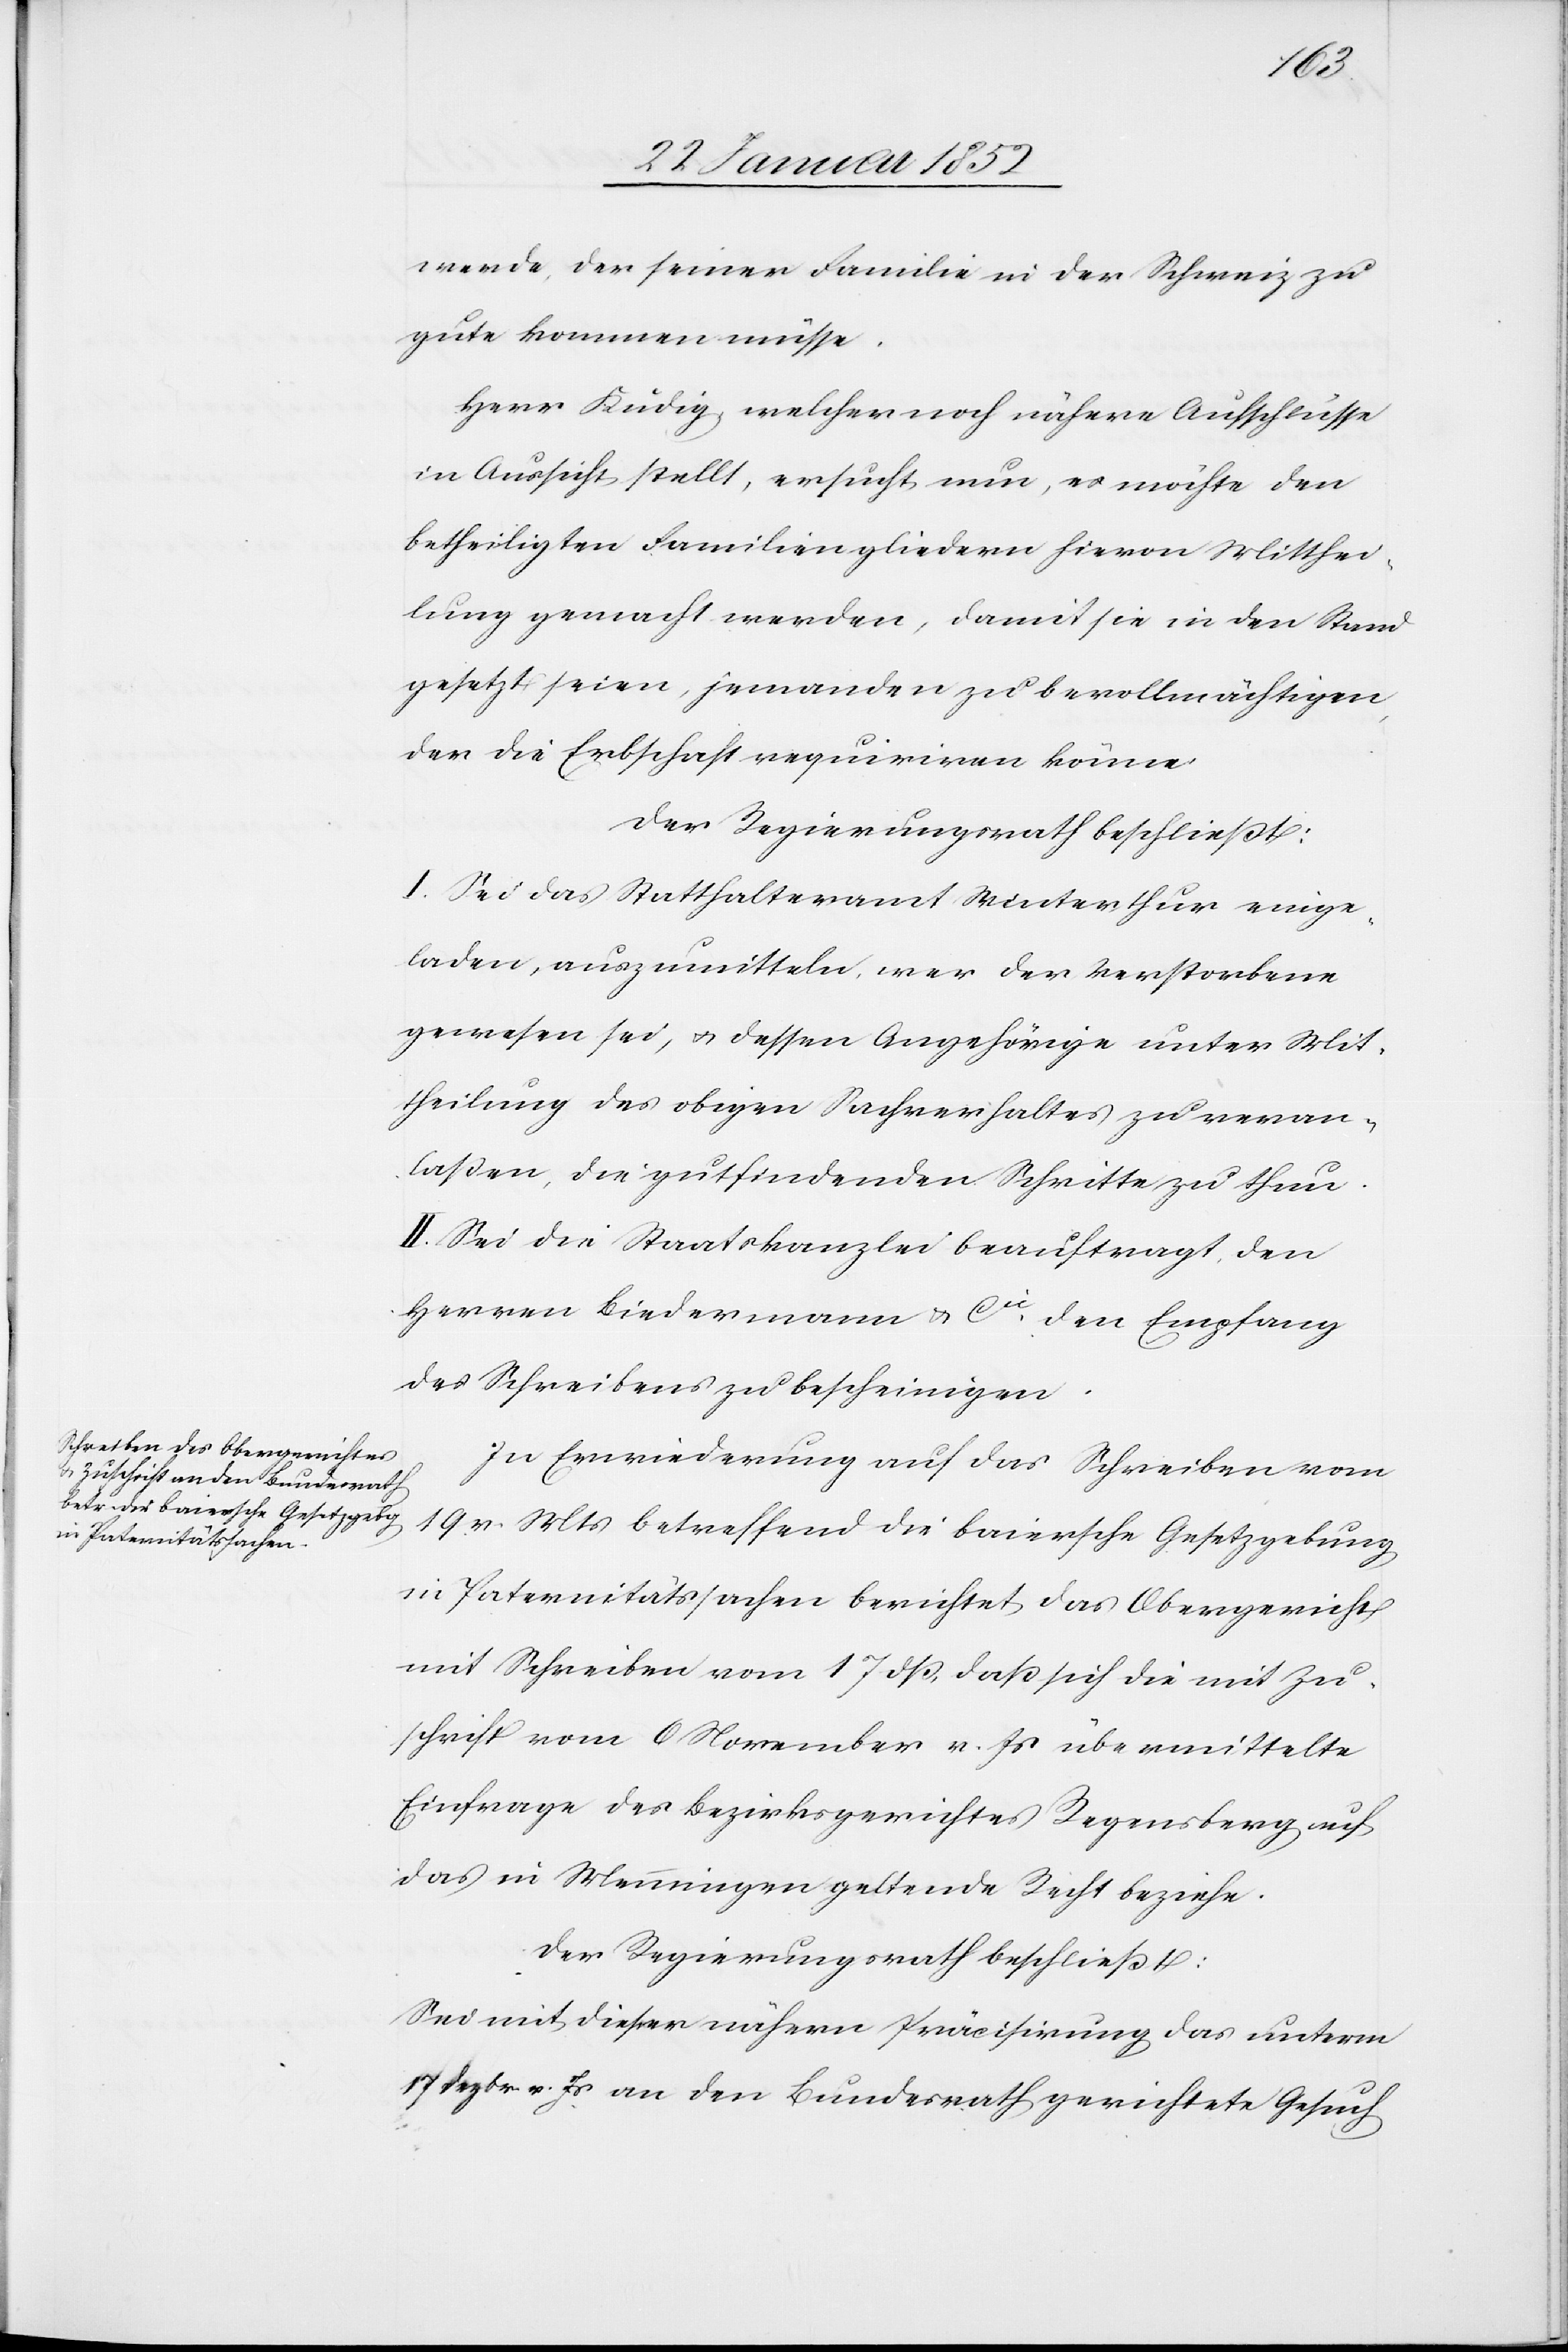
werde, der seiner Familie in der Schweiz zu
gute kommen müsse.
Herr Küdig, welcher noch nähere Aufschlüsse
in Aussicht stellt, ersucht nun, es möchte den
betheiligten Familienmitgliedern hievon Mitthei¬
lung gemacht werden, damit sie in den Stand
gesetzt seien, jemanden zu bevollmächtigen,
der die Erbschaft requiriren könne.
Der Regierungsrath beschließt:
I. Sei das Statthalteramt Winterthur einge¬
laden, auszumitteln, wer der verstorbene
gewesen sei, u. dessen Angehörige unter Mit¬
theilung des obigen Sachverhaltes zu veran¬
laßen, die gutzufindenden Schritte zu thun.
II. Sei die Staatskanzlei beauftragt, den
Herren Biedermann u. Cie den Empfang
des Schreibens zu bescheinigen.
In Erwiederung auf das Schreiben vom
19 v. Mts betreffend die baiersche Gesetzgebung
in Paternitätssachen berichtet das Obergericht
mit Schreiben vom 18 dß. daß sich die mit Zu¬
schrift vom 6 November v. Js übermittelte
Einfrage des Bezirksgerichtes Regensberg auf
das in Menningen geltende Recht beziehe.
Der Regierungsrath beschließt:
Sei mit dieser nähern Präcisirung das unterm
17 Dezbr v. Js an den Bundesrath gerichtete Gesuch